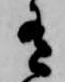
有